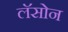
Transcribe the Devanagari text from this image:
लॅसोन